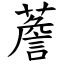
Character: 薝